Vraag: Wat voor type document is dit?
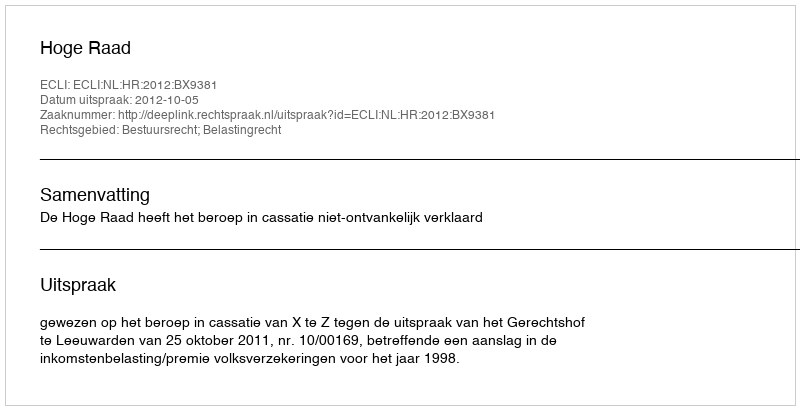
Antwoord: Uitspraak